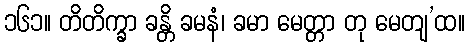
၁၆၁။ တိတိက္ခာ ခန္တိ ခမနံ၊ ခမာ မေတ္တာ တု မေတျ’ထ။